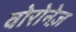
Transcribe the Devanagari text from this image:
वोरोनेज़